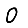
Digit: 0